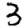
Digit: 3